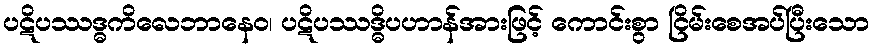
ပဋိပဿဒ္ဓကိလေဘာနေဝ၊ ပဋိပဿဒ္ဓိပဟာန်အားဖြင့် ကောင်းစွာ ငြိမ်းစေအပ်ပြီးသော